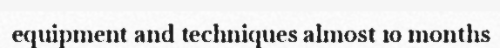
equipment and techniques almost 10 months